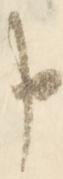
申